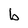
Character: b